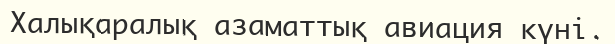
Халықаралық азаматтық авиация күні.